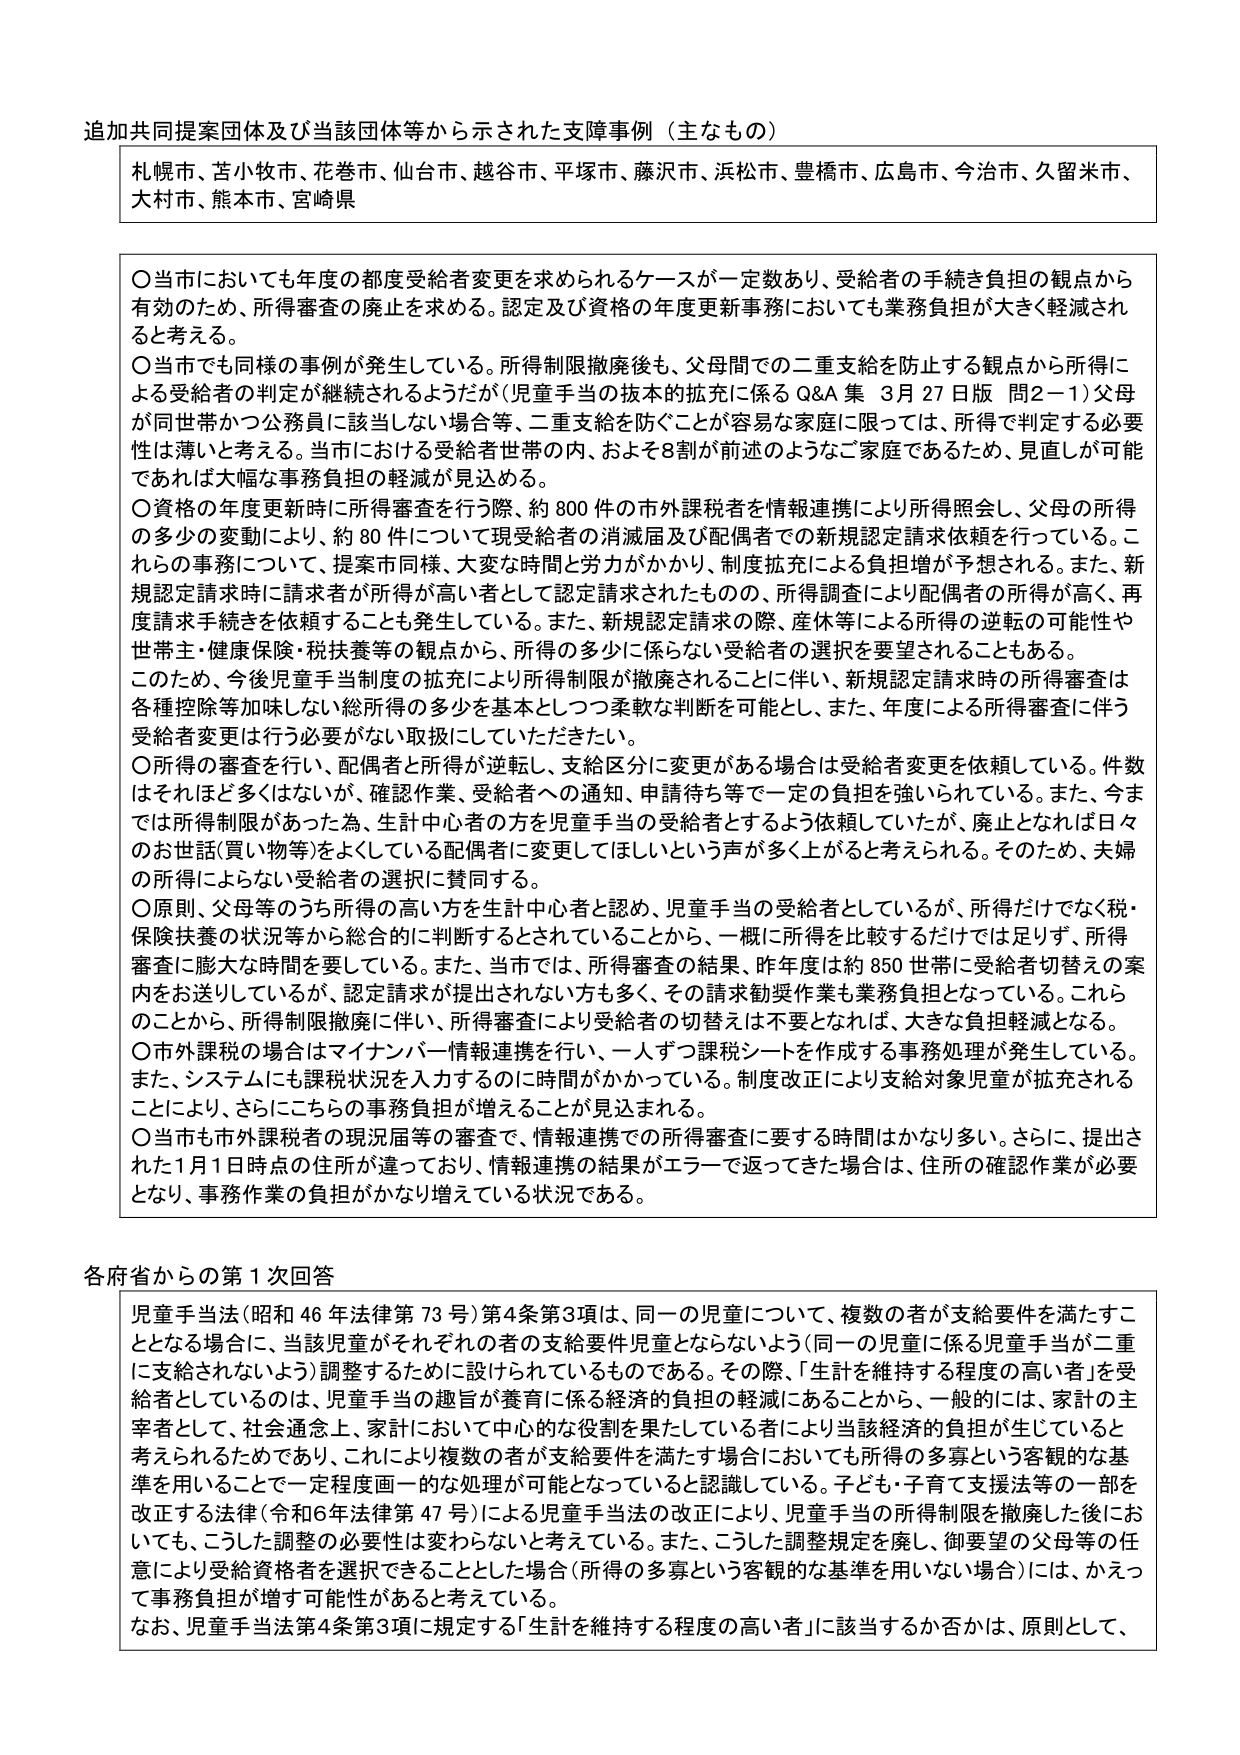
追加共同提案団体及び当該団体等から示された支障事例（主なもの）

札幌市、苫小牧市、花巻市、仙台市、越谷市、平塚市、藤沢市、浜松市、豊橋市、広島市、今治市、久留米市、大村市、熊本市、宮崎県

〇当市においても年度の都度受給者変更を求められるケースが一定数あり、受給者の手続き負担の観点から有効のため、所得審査の廃止を求める。認定及び資格の年度更新事務においても業務負担が大きく軽減されると考える。

〇当市でも同様の事例が発生している。所得制限撤廃後も、父母間での二重支給を防止する観点から所得による受給者の判定が継続されるようだが（児童手当の抜本的拡充に係る Q&A 集 3月27日版 問2－1）父母が同世帯かつ公務員に該当しない場合等、二重支給を防ぐことが容易な家庭に限っては、所得で判定する必要性は薄いと考える。当市における受給者世帯の内、およそ8割が前述のようなご家庭であるため、見直しが可能であれば大幅な事務負担の軽減が見込める。

〇資格の年度更新時に所得審査を行う際、約800件の市外課税者を情報連携により所得照会し、父母の所得の多少の変動により、約80件について現受給者の消滅届及び配偶者での新規認定請求を依頼を行っている。これらの事務について、提案市同様、大変な時間と労力がかかり、制度拡充による負担増が予想される。また、新規認定請求時に請求者が所得が高い者として認定請求されたものの、所得調査により配偶者の所得が高く、再度請求手続きを依頼することも発生している。また、新規認定請求の際、産休等による所得の逆転の可能性や世帯主・健康保険・税扶養等の観点から、所得の多少に係らない受給者の選択を要望されることもある。

このため、今後児童手当制度の拡充により所得制限が撤廃されることに伴い、新規認定請求時の所得審査は各種控除等加味しない総所得の多少を基本としつつ柔軟な判断を可能とし、また、年度による所得審査に伴う受給者変更は行う必要がない取扱にしていただきたい。

〇所得の審査を行い、配偶者と所得が逆転し、支給区分に変更がある場合は受給者変更を依頼している。件数はそれほど多くはないが、確認作業、受給者への通知、申請待ち等で一定の負担を強いられている。また、今までは所得制限があった為、生計中心者の方を児童手当の受給者とするよう依頼していたが、廃止となれば日々のお世話（買い物等）をよくしている配偶者に変更してほしいという声が多く上がると考えられる。そのため、夫婦の所得によらない受給者の選択に賛同する。

〇原則、父母等のうち所得の高い方を生計中心者と認め、児童手当の受給者としているが、所得だけでなく税・保険扶養の状況等から総合的に判断するとされていることから、一概に所得を比較するだけでは足りず、所得審査に膨大な時間を要している。また、当市では、所得審査の結果、昨年度は約850世帯に受給者切替えの案内をお送りしているが、認定請求が提出されない方も多く、その請求勧奨作業も業務負担となっている。これらのことから、所得制限撤廃に伴い、所得審査により受給者の切替えは不要となれば、大きな負担軽減となる。

〇市外課税の場合もマイナンバー情報連携を行い、一人ずつ課税シートを作成する事務処理が発生している。また、システムにも課税状況を入力するのに時間がかかっている。制度改正により支給対象児童が拡充されることにより、さらにこちらの事務負担が増えることが見込まれる。

〇当市も市外課税者の現況届等の審査で、情報連携での所得審査に要する時間はかなり多い。さらに、提出された1月1日時点の住所が違っており、情報連携の結果がエラーで返ってきた場合は、住所の確認作業が必要となり、事務作業の負担がかなり増えている状況である。

各府省からの第1次回答

児童手当法（昭和46年法律第73号）第4条第3項は、同一の児童について、複数の者が支給要件を満たすこととなる場合に、当該児童がそれぞれの者の支給要件児童とならないよう（同一の児童に係る児童手当が二重に支給されないよう）調整するために設けられているものである。その際、「生計を維持する程度の高い者」を受給者としているのは、児童手当の趣旨が養育に係る経済的負担の軽減にあることから、一般的には、家計の主宰者として、社会通念上、家計において中心的な役割を果たしている者により当該経済的負担が生じていると考えられるためであり、これにより複数の者が支給要件を満たす場合においても所得の多寡という客観的な基準を用いることで一定程度画一的な処理が可能となっていると認識している。子ども・子育て支援法等の一部を改正する法律（令和6年法律第47号）による児童手当法の改正により、児童手当の所得制限を撤廃した後においても、こうした調整の必要性は変わらないと考えている。また、こうした調整規定を廃し、御要望の父母等の任意により受給資格者を選択できることとした場合（所得の多寡という客観的な基準を用いない場合）には、かえって事務負担が増す可能性があると考えている。

なお、児童手当法第4条第3項に規定する「生計を維持する程度の高い者」に該当するか否かは、原則として、